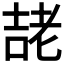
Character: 𭈱